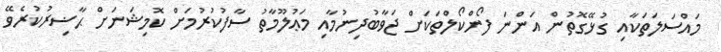
މައްސަލަތަކާއި ގުޅޭގޮތުން އަންނަ ފޯންކޯލްތަކަށް ޖަވާބުދިނުމާއި މަޢުލޫމާތު ސާފުކުރުމަށް ކޮމިޝަނަށް ޙާޟިރުކުރެވޭ